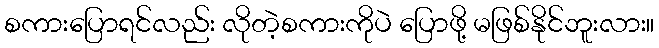
စကားပြောရင်လည်း လိုတဲ့စကားကိုပဲ ပြောဖို့ မဖြစ်နိုင်ဘူးလား။